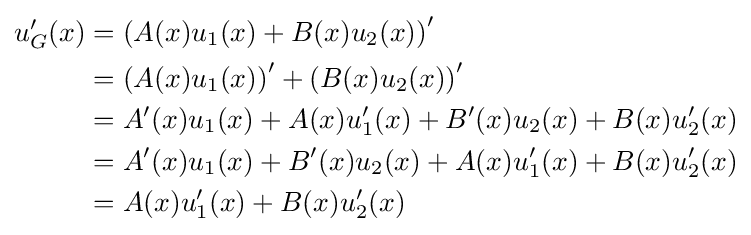
{\begin{aligned}u_{G}'(x)&=\left(A(x)u_{1}(x)+B(x)u_{2}(x)\right)'\\&=\left(A(x)u_{1}(x)\right)'+\left(B(x)u_{2}(x)\right)'\\&=A'(x)u_{1}(x)+A(x)u_{1}'(x)+B'(x)u_{2}(x)+B(x)u_{2}'(x)\\&=A'(x)u_{1}(x)+B'(x)u_{2}(x)+A(x)u_{1}'(x)+B(x)u_{2}'(x)\\&=A(x)u_{1}'(x)+B(x)u_{2}'(x)\end{aligned}}